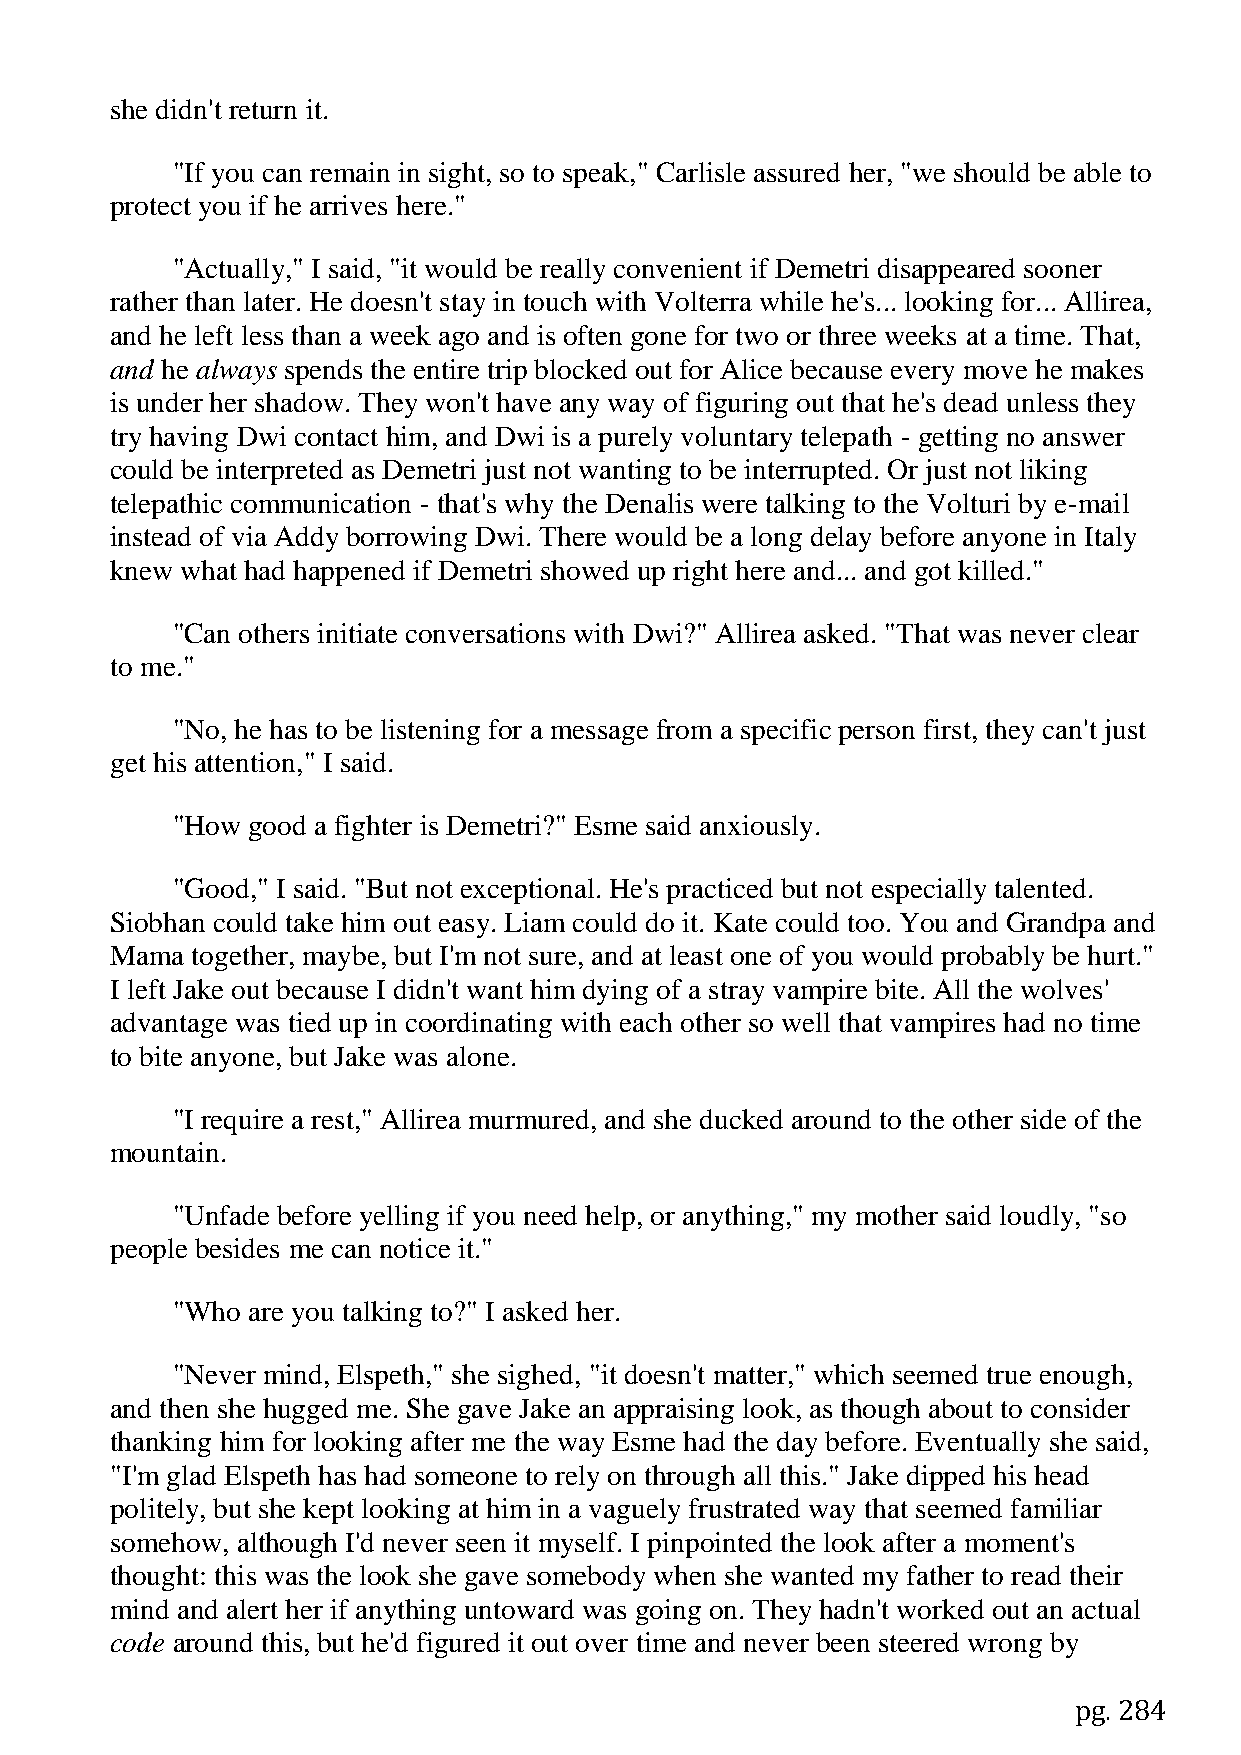
she didn't return it.
 "If you can remain in sight, so to speak," Carlisle assured her, "we should be able to
 protect you if he arrives here."
 "Actually," I said, "it would be really convenient if Demetri disappeared sooner
 rather than later. He doesn't stay in touch with Volterra while he's... looking for... Allirea,
 and he left less than a week ago and is often gone for two or three weeks at a time. That,
 and he always spends the entire trip blocked out for Alice because every move he makes
 is under her shadow. They won't have any way of figuring out that he's dead unless they
 try having Dwi contact him, and Dwi is a purely voluntary telepath - getting no answer
 could be interpreted as Demetri just not wanting to be interrupted. Or just not liking
 telepathic communication - that's why the Denalis were talking to the Volturi by e-mail
 instead of via Addy borrowing Dwi. There would be a long delay before anyone in Italy
 knew what had happened if Demetri showed up right here and... and got killed."
 "Can others initiate conversations with Dwi?" Allirea asked. "That was never clear
 to me."
 "No, he has to be listening for a message from a specific person first, they can't just
 get his attention," I said.
 "How good a fighter is Demetri?" Esme said anxiously.
 "Good," I said. "But not exceptional. He's practiced but not especially talented.
 Siobhan could take him out easy. Liam could do it. Kate could too. You and Grandpa and
 Mama  together, maybe, but I'm not sure, and at least one of you would probably be hurt."
 I left Jake out because I didn't want him dying of a stray vampire bite. All the wolves'
 advantage was tied up in coordinating with each other so well that vampires had no time
 to bite anyone, but Jake was alone.
 "I require a rest," Allirea murmured, and she ducked around to the other side of the
 mountain.
 "Unfade before yelling if you need help, or anything," my mother said loudly, "so
 people besides me can notice it."
 "Who are you talking to?" I asked her.
 "Never mind, Elspeth," she sighed, "it doesn't matter," which seemed true enough,
 and then she hugged me. She gave Jake an appraising look, as though about to consider
 thanking him for looking after me the way Esme had the day before. Eventually she said,
 "I'm glad Elspeth has had someone to rely on through all this." Jake dipped his head
 politely, but she kept looking at him in a vaguely frustrated way that seemed familiar
 somehow, although I'd never seen it myself. I pinpointed the look after a moment's
 thought: this was the look she gave somebody when she wanted my father to read their
 mind and alert her if anything untoward was going on. They hadn't worked out an actual
 code around this, but he'd figured it out over time and never been steered wrong by
 pg. 284